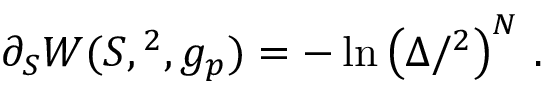
\partial _ { S } W ( S , \L ^ { 2 } , g _ { p } ) = - \ln \left( \Delta / \L ^ { 2 } \right) ^ { N } \, .